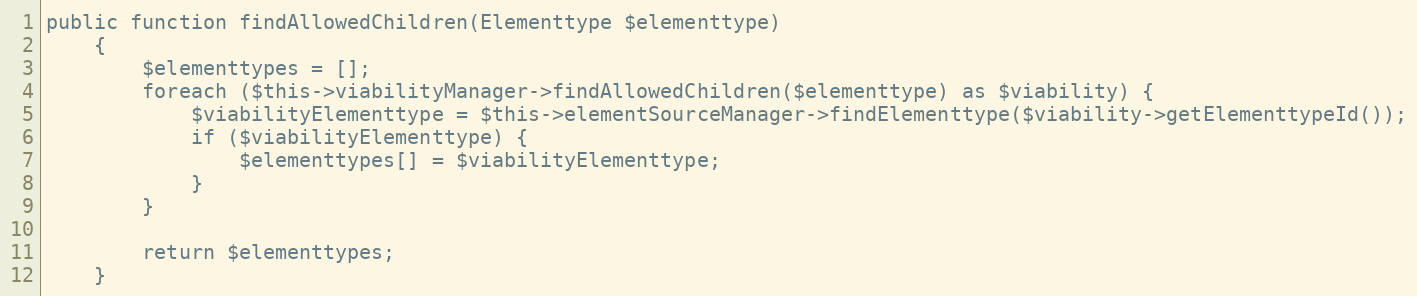
Language: PHP
public function findAllowedChildren(Elementtype $elementtype)
    {
        $elementtypes = [];
        foreach ($this->viabilityManager->findAllowedChildren($elementtype) as $viability) {
            $viabilityElementtype = $this->elementSourceManager->findElementtype($viability->getElementtypeId());
            if ($viabilityElementtype) {
                $elementtypes[] = $viabilityElementtype;
            }
        }

        return $elementtypes;
    }